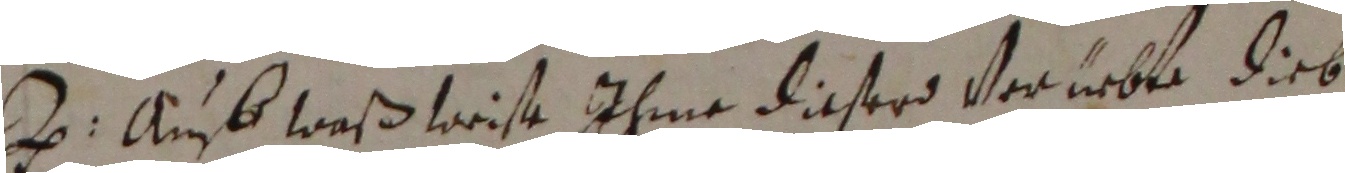
a. amb waß weise ihme dieserd verlebte dieb